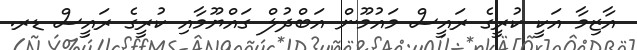
އާޒިމާ އަކީ ކުރީގެ ރައީސް މައުމޫން އަބްދުލް ގައްޔޫމާއި ކުރީގެ ރައީސް ޑރ.